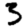
Digit: 3